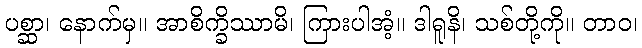
ပစ္ဆာ၊ နောက်မှ။ အာစိက္ခိဿာမိ၊ ကြားပါအံ့။ ဒါရူနိ၊ သစ်တို့ကို။ တာဝ၊